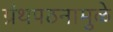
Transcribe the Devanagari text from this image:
ग्रंथपठनामुळे